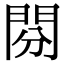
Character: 𨳚